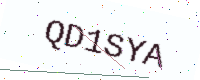
Text: QD1SYA